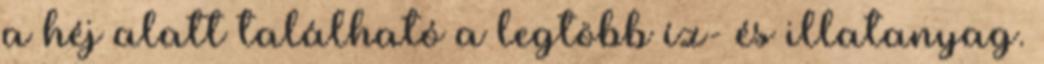
a héj alatt található a legtöbb íz- és illatanyag.